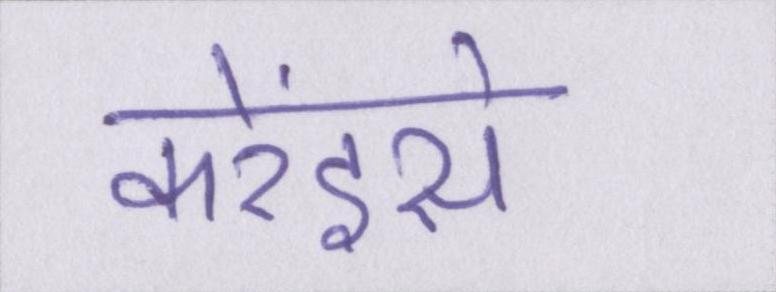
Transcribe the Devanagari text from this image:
करेंइसे